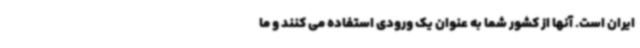
ایران است. آنها از کشور شما به عنوان یک ورودی استفاده می کنند و ما